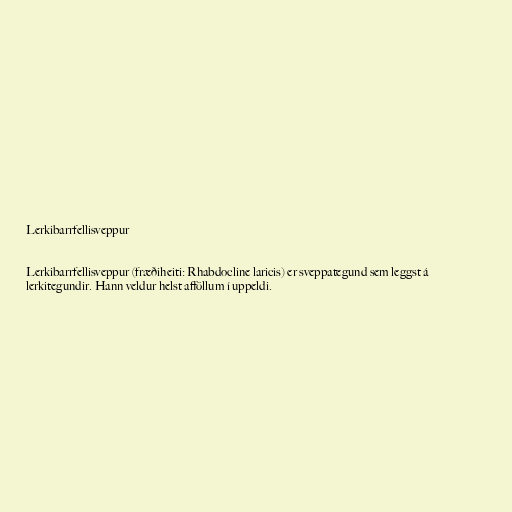
Lerkibarrfellisveppur

Lerkibarrfellisveppur (fræðiheiti: Rhabdocline laricis) er sveppategund sem leggst á
lerkitegundir. Hann veldur helst afföllum í uppeldi.